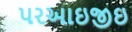
પરઆઇજીઇ